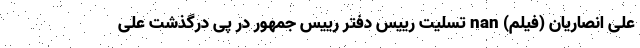
علی انصاریان (فیلم) nan تسلیت رییس دفتر رییس جمهور در پی درگذشت علی